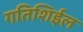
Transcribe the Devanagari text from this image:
गतिशिईल